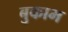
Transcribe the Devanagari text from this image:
बुकाम